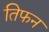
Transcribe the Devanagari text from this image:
तिफन